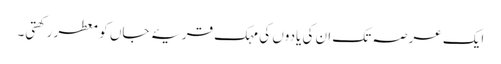
ایک عرصہ تک ان کی یادوں کی مہک قریۂ جاں کو معطر رکھتی۔